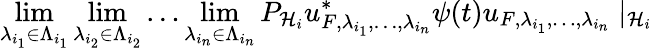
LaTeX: \operatorname*{lim}_{\lambda_{i_{1}}\in\Lambda_{i_{1}}}\operatorname*{lim}_{\lambda_{i_{2}}\in\Lambda_{i_{2}}}\ldots\operatorname*{lim}_{\lambda_{i_{n}}\in\Lambda_{i_{n}}}P_{{\mathcal{H}}_{i}}u_{F,\lambda_{i_{1}},\ldots,\lambda_{i_{n}}}^{*}\psi(t)u_{F,\lambda_{i_{1}},\ldots,\lambda_{i_{n}}}\mid_{{\mathcal{H}}_{i}}